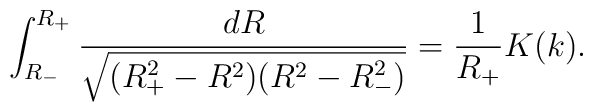
\int^{R_+}_{R_-}\frac{dR}{\sqrt{(R^2_+-R^2)(R^2-R_-^2)}}=\frac{1}{R_+}K(k).